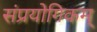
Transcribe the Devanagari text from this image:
संप्रयोगिकम्